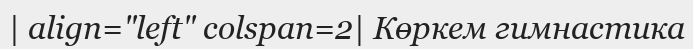
| align="left" colspan=2| Көркем гимнастика